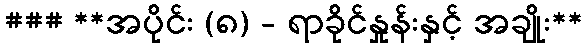
### **အပိုင်း (၈) - ရာခိုင်နှုန်းနှင့် အချိုး**